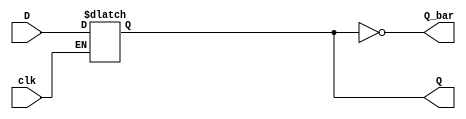
module D_latch(clk, D, Q, Q_bar); 
input clk, D;
output Q, Q_bar;
reg Q;
wire Q_bar;

always @(clk, D)
	begin
		if (clk==1'b1)
				Q=D;			
			
	end
	
assign Q_bar = ~Q;	

endmodule